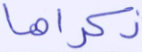
ذكراها